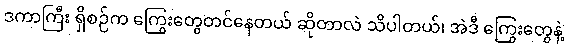
ဒကာကြီး ရှိစဉ်က ကြွေးတွေတင်နေတယ် ဆိုတာလဲ သိပါတယ်၊ အဲဒီ ကြွေးတွေနဲ့